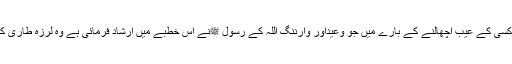
الجصاص) ، اور کسی کے عیب اچھالنے کے بارے میں جو وعیداور وارننگ اللہ کے رسول ﷺنے اس خطبے میں ارشاد فرمائی ہے وہ لرزہ طاری کر دینے والی ہے۔